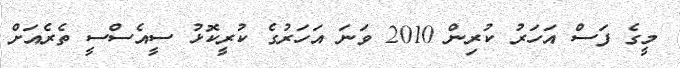
މީގެ ފަސް އަހަރު ކުރިން 2010 ވަނަ އަހަރުގެ ކުރީކޮޅު ސީއެސްސީ ތެރެއަށް